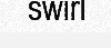
swirl